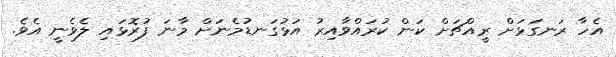
އެހާ ރަނގަޅަށް ރީއްޗަށް ކަން ކުރައްވާއިރު އަޅުގަނޑުމެނަށް މާނަ ފުރޮޅައި ލެވެނީ އެވެ.